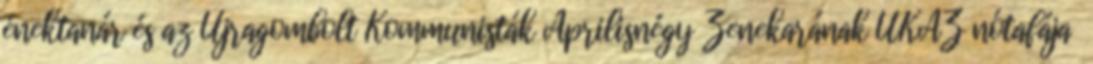
énektanár és az Újragombolt Kommunisták Áprilisnégy Zenekarának UKÁZ nótafája